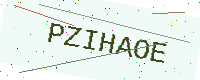
Text: PZIHAOE